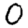
Digit: 0